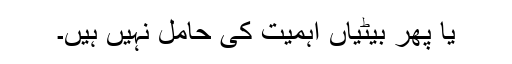
یا پھر بیٹیاں اہمیت کی حامل نہیں ہیں۔